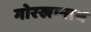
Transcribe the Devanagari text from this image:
गोरखानाथ